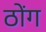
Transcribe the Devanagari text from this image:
ठोंग